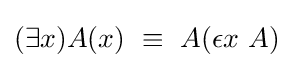
(\exists x)A(x)\ \equiv \ A(\epsilon x\ A)